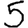
Digit: 5